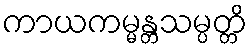
ကာယကမ္မန္တသမ္ပတ္တိ